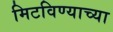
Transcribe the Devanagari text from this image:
मिटविण्याच्या